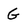
Character: G